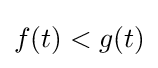
f(t)<g(t)